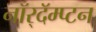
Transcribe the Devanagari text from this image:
नॉर्‌दॅम्प्टन